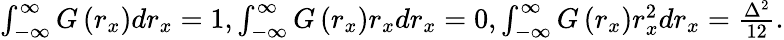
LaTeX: \begin{array}{r}{\int_{-\infty}^{\infty}G\left(r_{x}\right)dr_{x}=1,\int_{-\infty}^{\infty}G\left(r_{x}\right)r_{x}dr_{x}=0,\int_{-\infty}^{\infty}G\left(r_{x}\right)r_{x}^{2}dr_{x}=\frac{\Delta^{2}}{12}.}\end{array}